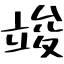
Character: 竣